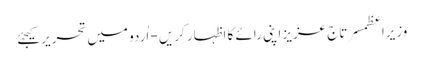
وزیراعظمسرتاج عزیز اپنی رائے کا اظہار کریں - اُردو میں تحریر کیجئے